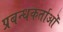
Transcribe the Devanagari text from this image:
प्रबन्धकर्ताओं